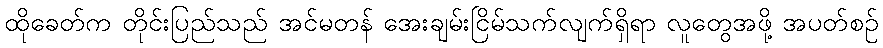
ထိုခေတ်က တိုင်းပြည်သည် အင်မတန် အေးချမ်းငြိမ်သက်လျက်ရှိရာ လူတွေအဖို့ အပတ်စဉ်